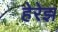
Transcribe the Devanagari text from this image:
हेरेझ